Report of the Indian Hemp Drugs Commission, 1894-1895 - Volume VI
Year: 1894
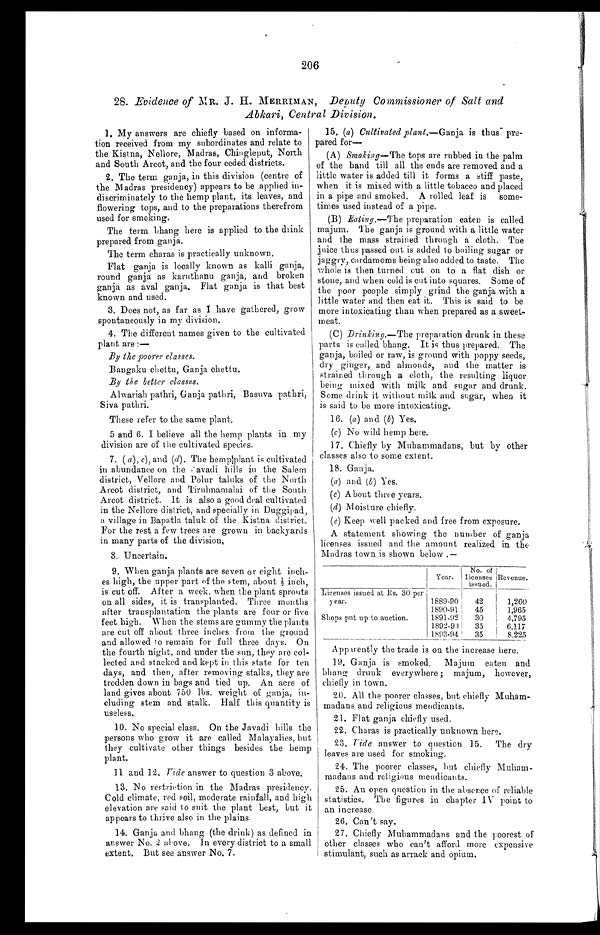
206
28. Evidence of MR. J. H. MERRIMAN, Deputy Commissioner of Salt and
Abkari, Central Division.
1. My answers are chiefly based on informa
-tion received from my subordinates and relate to
the Kistna, Nellore, Madras, Chingleput, North
and South Arcot, and the four ceded districts.
2. The term ganja, in this division (centre of
the Madras presidency) appears to be applied
i n - d i s c r i m i n a t e l y t o t h e h e m p p l a n t , i t s l e a v e s , a n d
flowering tops, and to the preparations therefrom
used for smoking.
The term bhang here is applied to the drink
prepared from ganja.
The term charas is practically unknown.
Flat ganja is locally known as kalli ganja,
round ganja as karuthanu ganja, and broken
ganja as aval ganja. Flat ganja is that best
known and used.
3. Does not, as far as I have gathered, grow
spontaneously in my division.
4. The different names given to the cultivated
plant are :—
By the poorer classes.
Bangaku chettu, Ganja chettu.
By the better classes.
Alwariah pathri, Ganja pathri, Basuva pathri,
Siva pathri.
These refer to the same plant,
5 and 6. I believe all the hemp plants in my
division are of the cultivated species.
7. ( a), c), and ( d). The hemplplant is cultivated
in abundance on the .'avadi hills in the Salem
district, Vellore and Polur taluks of the North
Arcot district, and Tiruhnamalai of the South
Arcot district. It is also a good deal cultivated
in the Nellore district, and specially in Duggipad,
a village in Bapatla taluk of the Kistna district.
For the rest a few trees are grown in backyards
in many parts of the division,
8. Uncertain.
9. When ganja plants are seven or eight inch--
es high, the upper part of the stem, about ½ inch,
is cut off. After a week, when the plant sprouts
on all sides, it is transplanted. Three months
after transplantation the plants are four or five
feet high. When the stems are gummy the plants
are cut off about three inches from the ground
and allowed to remain for full three days. On
the fourth night, and under the sun, they are col--
lected and stacked and kept in this state for ten
days, and then, after removing stalks, they are
trodden down in bags and tied up. An acre of
land gives about 750 lbs. weight of ganja, in--
cluding stem and stalk. Half this quantity is
useless.
10. No special class. On the Javadi hills the
persons who grow it are called Malayalies, but
they cultivate other things besides the hemp
plant.
11 and 12. Vide answer to question 3 above.
13. No restriction in the Madras presidency
Cold climate, red soil, moderate rainfall, and high
elevation are said to suit the plant best, but it
appears to thrive also in the plains.
14. Ganja and bhang (the drink) as defined in
answer No. 2 above. In every district to a small
extent. But see answer No. 7.
15. (a) Cultivated plant.— Ganja is thus pre
-pared for—
(A) Smoking— The tops are rubbed in the palm
of the hand till all the ends are removed and a
little water is added till it forms a stiff paste,
when it is mixed with a little tobacco and placed
in a pipe and smoked. A rolled leaf is some
- t i m e s u s e d i n s t e a d o f a p i p e .
(B) Ealing.— The preparation eaten is called
majum. The ganja is ground with a little water
and the mass strained through a cloth, The
juice thus passed out is added to boiling sugar or
jaggry, cardamoms being also added to taste. The
whole is then turned out on to a flat dish or
stone, and when cold is cut into squares. Some of
the poor people simply grind the ganja with a
little water and then eat it. This is said to be
more intoxicating than when prepared as a sweet
-meat.
(C) Drinking.— The preparation drunk in these
parts is called bhang. It is thus prepared. The
ganja, boiled or raw, is ground with poppy seeds,
dry ginger, and almonds, and the matter is
strained through a cloth, the resulting liquor
being mixed with milk and sugar and drunk.
Some drink it without milk and sugar, when it
is said to be more intoxicating.
16. (a) and (b) Yes.
(c) No wild hemp here.
17. Chiefly by Muhammadans, but by other
classes also to some extent.
18. Ganja.
(a) and (b) Yes.
(c) About three years.
(d) Moisture chiefly.
(e) Keep well packed and free from exposure.
A statement showing the number of ganja
licenses issued and the amount realized in the
Madras town is shown below .—
Year.
No. of
licenses
issued.
Revenue.
Licenses issued at Rs. 30 per
y ear.
1889-90
42
1,260
1890-91
45
1,965
Shops put up to auction.
1891-92
30
4,795
1892-93
35
6,117
1893-94
35
8.225
Apparently the trade is on the increase here.
19. Ganja is smoked. Majum eaten and
bhang, drunk everywhere ; majum, however,
chiefly in town.
20. All the poorer classes, but chiefly Muham
-madans and religious mendicants.
21. Flat ganja chiefly used.
22. Charas is practically unknown here.
23.
Vide answer to question 15.
The dry
leaves are used for smoking.
24. The poorer classes, but chiefly Muham
-madans and religious mendicants.
25. An open question in the absence of reliable
statistics. The figures in chapter IV point to
an increase.
26. Can't say.
27. Chiefly Muhammadans and the poorest of
other classes who can't afford more expensive
stimulant, such as arrack and opium.